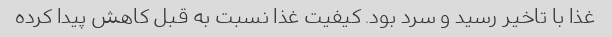
غذا با تاخیر رسید و سرد بود. کیفیت غذا نسبت به قبل کاهش پیدا کرده